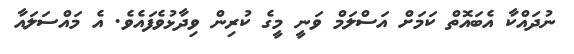
ނުދައްކާ އެބައޮތް ކަމަށް އަސްލަމް ވަނީ މީގެ ކުރިން ވިދާޅުވެފައެވެ. އެ މައްސަލައާ